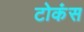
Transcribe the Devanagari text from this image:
टोकंस